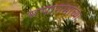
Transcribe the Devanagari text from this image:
समागमांच्या